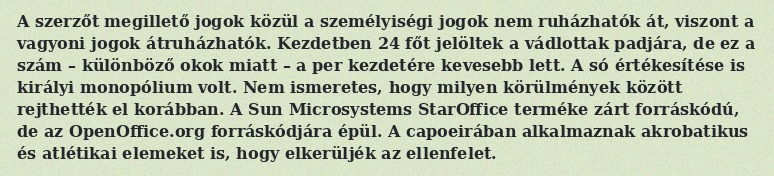
A szerzőt megillető jogok közül a személyiségi jogok nem ruházhatók át, viszont a vagyoni jogok átruházhatók. Kezdetben 24 főt jelöltek a vádlottak padjára, de ez a szám – különböző okok miatt – a per kezdetére kevesebb lett. A só értékesítése is királyi monopólium volt. Nem ismeretes, hogy milyen körülmények között rejthették el korábban. A Sun Microsystems StarOffice terméke zárt forráskódú, de az OpenOffice.org forráskódjára épül. A capoeirában alkalmaznak akrobatikus és atlétikai elemeket is, hogy elkerüljék az ellenfelet.